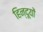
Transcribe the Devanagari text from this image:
हिन्दूयों